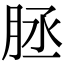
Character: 𦚦